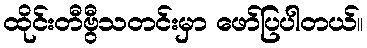
ထိုင်းတီဗွီသတင်းမှာ ဖော်ပြပါတယ်။